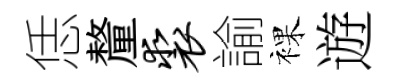
恁釐裘諭裸遊